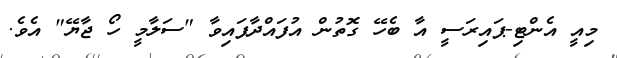
މިއީ އެންޓި-ޕައިރަސީ އާ ބެހޭ ގޮތުން އުފައްދާފައިވާ "ސަލާމީ ހޯ ޖާޔޭ" އެވެ.